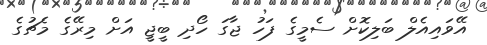
އޭވައިއެލް ބަލިކޮށް ސެމީގެ ފަހު ޖާގަ ހޯދި ބީޖީ އަށް މިރޭގެ މެޗުގެ